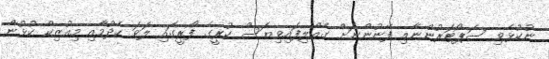
ނުކުޅެވި ސަޕޯޓަރުންނާއި ފޭނުންނަށް ގެއްލިފައިވިޔަސް ކުރީގެ ފޯރީގައި ލަވަ ހެދުމާއި މިއުޒިކް ކުޅުން